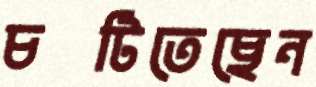
চটিতেছেন